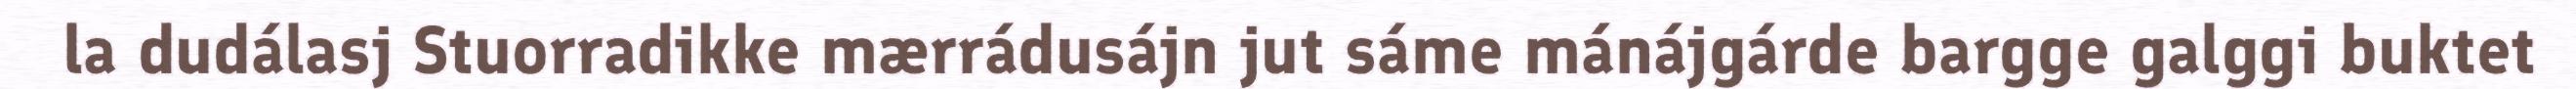
la dudálasj Stuorradikke mærrádusájn jut sáme mánájgárde bargge galggi buktet